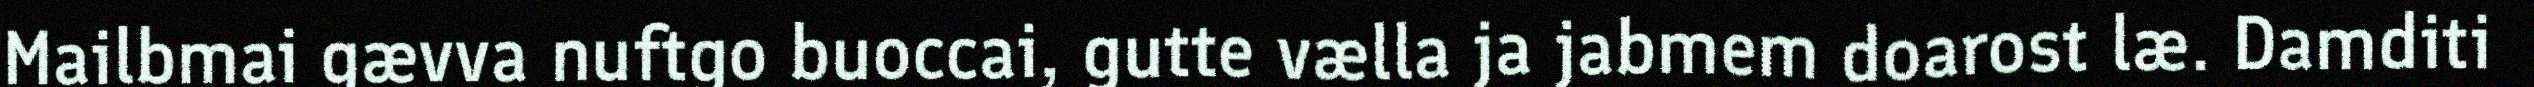
Mailbmai gævva nuftgo buoccai, gutte vælla ja jabmem doarost læ. Damditi